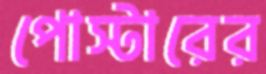
পোস্টারের